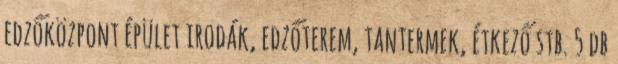
edzőközpont épület irodák, edzőterem, tantermek, étkező stb. 5 db